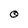
Character: 0